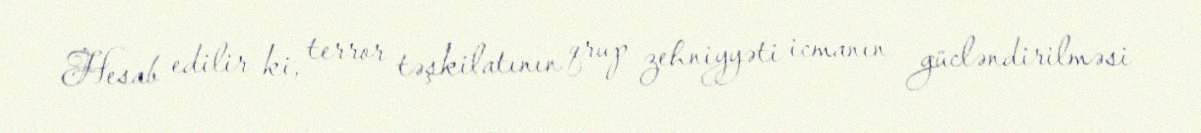
Hesab edilir ki, terror təşkilatının qrup zehniyyəti icmanın gücləndirilməsi